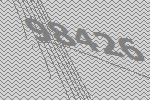
98426